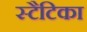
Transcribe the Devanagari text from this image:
स्टैटिका